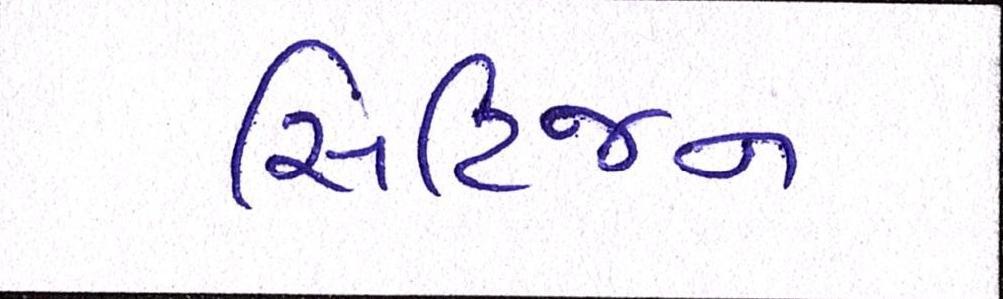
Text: સિટિજન